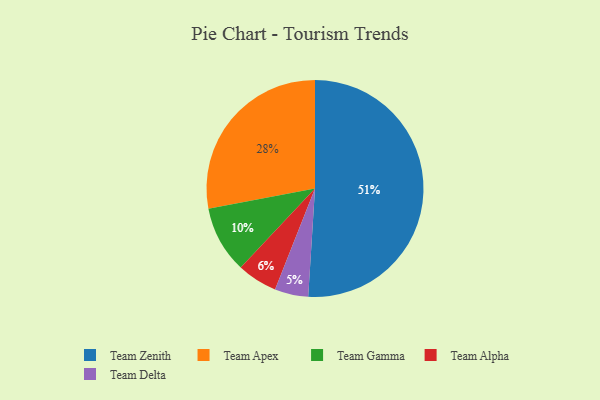
{"axis": {"x": "Category", "y": "Percentage"}, "legend": ["Team Alpha", "Team Apex", "Team Delta", "Team Gamma", "Team Zenith"], "data": [{"x": "Team Zenith", "y": 51, "type": "Team Zenith"}, {"x": "Team Apex", "y": 28, "type": "Team Apex"}, {"x": "Team Delta", "y": 5, "type": "Team Delta"}, {"x": "Team Gamma", "y": 10, "type": "Team Gamma"}, {"x": "Team Alpha", "y": 6, "type": "Team Alpha"}]}